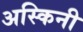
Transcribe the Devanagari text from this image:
अस्किनी